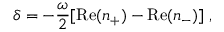
\delta = - \frac { \omega } { 2 } [ \mathrm { R e } ( n _ { + } ) - \mathrm { R e } ( n _ { - } ) ] \; ,